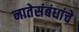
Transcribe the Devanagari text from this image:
नातेसंबंधांचे